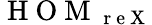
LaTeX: \mathrm{~H~O~M~}_{\mathrm{~r~e~X~}}